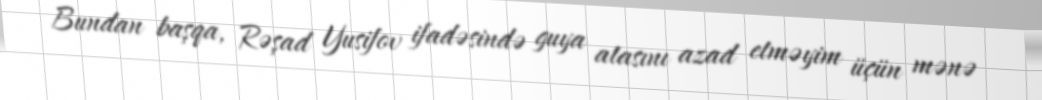
Bundan başqa, Rəşad Yusifov ifadəsində guya atasını azad etməyim üçün mənə